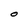
Character: O